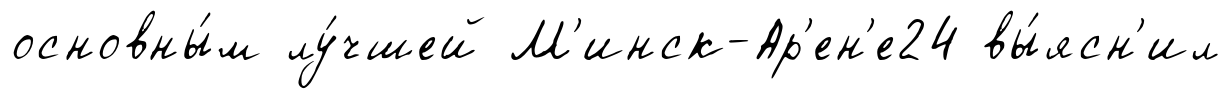
основны́м лу́чшей М'инск-Ар'ен'е24 вы́ясн'ил